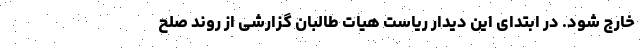
خارج شود. در ابتدای این دیدار ریاست هیات طالبان گزارشی از روند صلح